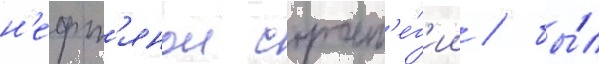
н'ефт'янои страт'е́г'ии / бы́л